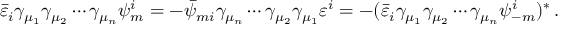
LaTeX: \bar { \varepsilon } _ { i } \gamma _ { \mu _ { 1 } } \gamma _ { \mu _ { 2 } } \cdots \gamma _ { \mu _ { n } } \psi _ { m } ^ { i } = - \bar { \psi } _ { m i } \gamma _ { \mu _ { n } } \cdots \gamma _ { \mu _ { 2 } } \gamma _ { \mu _ { 1 } } \varepsilon ^ { i } = - ( \bar { \varepsilon } _ { i } \gamma _ { \mu _ { 1 } } \gamma _ { \mu _ { 2 } } \cdots \gamma _ { \mu _ { n } } \psi _ { - m } ^ { i } ) ^ { * } \, .